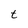
Character: t